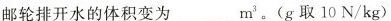
邮轮排开水的体积变为_______m^{3}。(g取10N/kg)